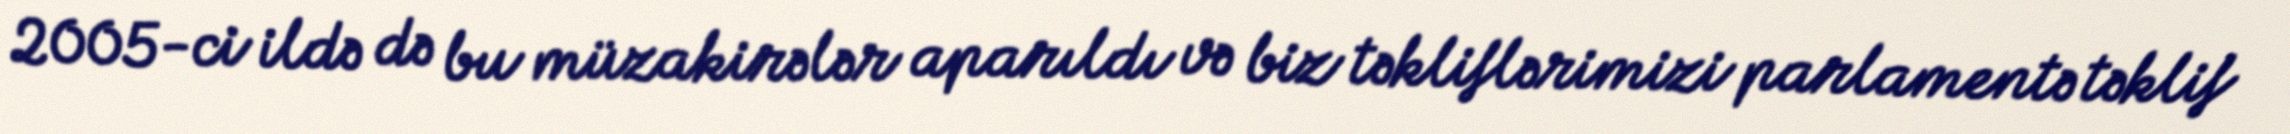
2005-ci ildə də bu müzakirələr aparıldı və biz təkliflərimizi parlamentə təklif